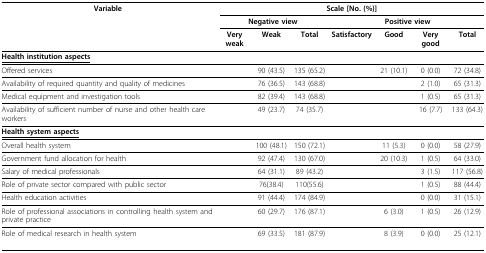
<table><thead><tr><td><b>Variable</b></td><td colspan="7"><b>Scale [No. (%)]</b></td></tr><tr><td>[EMPTY_CELL]</td><td colspan="3"><b>Negative view</b></td><td colspan="4"><b>Positive view</b></td></tr><tr><td>[EMPTY_CELL]</td><td><b>Very weak</b></td><td><b>Weak</b></td><td><b>Total</b></td><td><b>Satisfactory</b></td><td><b>Good</b></td><td><b>Very good</b></td><td><b>Total</b></td></tr></thead><tbody><tr><td colspan="8"><underline><b>Health institution aspects</b></underline></td></tr><tr><td>Offered services</td><td>[EMPTY_CELL]</td><td>90 (43.5)</td><td>135 (65.2)</td><td>[EMPTY_CELL]</td><td>21 (10.1)</td><td>0 (0.0)</td><td>72 (34.8)</td></tr><tr><td>Availability of required quantity and quality of medicines</td><td>[EMPTY_CELL]</td><td>76 (36.5)</td><td>143 (68.8)</td><td>[EMPTY_CELL]</td><td>[EMPTY_CELL]</td><td>2 (1.0)</td><td>65 (31.3)</td></tr><tr><td>Medical equipment and investigation tools</td><td>[EMPTY_CELL]</td><td>82 (39.4)</td><td>143 (68.8)</td><td>[EMPTY_CELL]</td><td>[EMPTY_CELL]</td><td>1 (0.5)</td><td>65 (31.3)</td></tr><tr><td>Availability of sufficient number of nurse and other health care workers</td><td>[EMPTY_CELL]</td><td>49 (23.7)</td><td>74 (35.7)</td><td>[EMPTY_CELL]</td><td>[EMPTY_CELL]</td><td>16 (7.7)</td><td>133 (64.3)</td></tr><tr><td colspan="8"><underline><b>Health system aspects</b></underline></td></tr><tr><td>Overall health system</td><td>[EMPTY_CELL]</td><td>100 (48.1)</td><td>150 (72.1)</td><td>[EMPTY_CELL]</td><td>11 (5.3)</td><td>0 (0.0)</td><td>58 (27.9)</td></tr><tr><td>Government fund allocation for health</td><td>[EMPTY_CELL]</td><td>92 (47.4)</td><td>130 (67.0)</td><td>[EMPTY_CELL]</td><td>20 (10.3)</td><td>1 (0.5)</td><td>64 (33.0)</td></tr><tr><td>Salary of medical professionals</td><td>[EMPTY_CELL]</td><td>64 (31.1)</td><td>89 (43.2)</td><td>[EMPTY_CELL]</td><td>[EMPTY_CELL]</td><td>3 (1.5)</td><td>117 (56.8)</td></tr><tr><td>Role of private sector compared with public sector</td><td>[EMPTY_CELL]</td><td>76(38.4)</td><td>110(55.6)</td><td>[EMPTY_CELL]</td><td>[EMPTY_CELL]</td><td>1 (0.5)</td><td>88 (44.4)</td></tr><tr><td>Health education activities</td><td>[EMPTY_CELL]</td><td>91 (44.4)</td><td>174 (84.9)</td><td>[EMPTY_CELL]</td><td>[EMPTY_CELL]</td><td>0 (0.0)</td><td>31 (15.1)</td></tr><tr><td>Role of professional associations in controlling health system and private practice</td><td>[EMPTY_CELL]</td><td>60 (29.7)</td><td>176 (87.1)</td><td>[EMPTY_CELL]</td><td>6 (3.0)</td><td>1 (0.5)</td><td>26 (12.9)</td></tr><tr><td>Role of medical research in health system</td><td>[EMPTY_CELL]</td><td>69 (33.5)</td><td>181 (87.9)</td><td>[EMPTY_CELL]</td><td>8 (3.9)</td><td>0 (0.0)</td><td>25 (12.1)</td></tr></tbody></table>